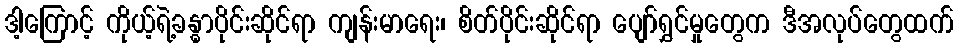
ဒါ့ကြောင့် ကိုယ့်ရဲ့ခန္ဓာပိုင်းဆိုင်ရာ ကျန်းမာရေး၊ စိတ်ပိုင်းဆိုင်ရာ ပျော်ရွှင်မှုတွေက ဒီအလုပ်တွေထက်